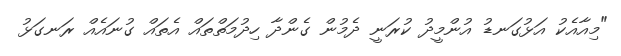
"މިއާއެކު އަޅުގަނޑު އުންމީދު ކުރަނީ ދެމުން ގެންދާ ހިދުމަތްތައް އެތައް ގުނައެއް ރަނގަޅު